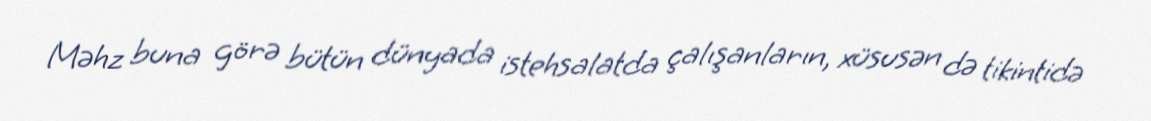
Məhz buna görə bütün dünyada istehsalatda çalışanların, xüsusən də tikintidə